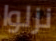
نزلوا